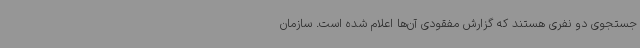
جستجوی دو نفری هستند که گزارش مفقودی آن‌ها اعلام شده است. سازمان